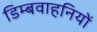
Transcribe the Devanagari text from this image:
डिम्बवाहनियों